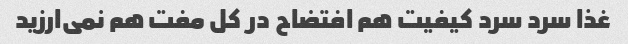
غذا سرد سرد کیفیت هم افتضاح در کل مفت هم نمی‌ارزید